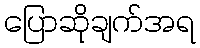
ပြောဆိုချက်အရ